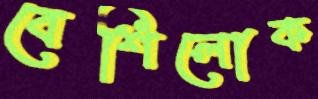
বেশিলোক